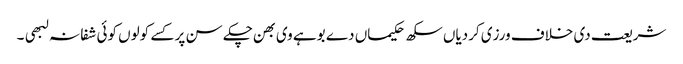
شریعت دی خلاف ورزی کردیاں سکھ حکیماں دے بوہے وی بھن چکے سن پر کسے کولوں کوئی شفا نہ لبھی ۔